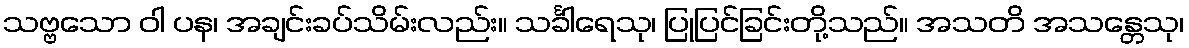
သဗ္ဗသော ဝါ ပန၊ အချင်းခပ်သိမ်းလည်း။ သင်္ခါရေသု၊ ပြုပြင်ခြင်းတို့သည်။ အသတိ အသန္တေသု၊